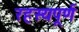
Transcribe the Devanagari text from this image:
रहस्‍यपूर्ण